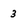
Character: 3